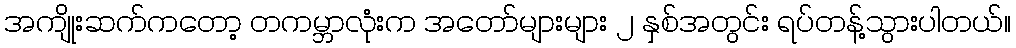
အကျိုးဆက်ကတော့ တကမ္ဘာလုံးက အတော်များများ ၂ နှစ်အတွင်း ရပ်တန့်သွားပါတယ်။